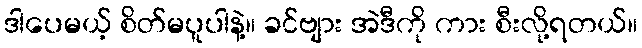
ဒါပေမယ့် စိတ်မပူပါနဲ့။ ခင်ဗျား အဲဒီကို ကား စီးလို့ရတယ်။